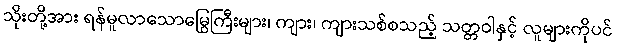
သိုးတို့အား ရန်မူလာသောမြွေကြီးများ၊ ကျား၊ ကျားသစ်စသည့် သတ္တဝါနှင့် လူများကိုပင်